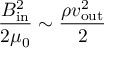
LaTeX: { \frac { B _ { \mathrm { i n } } ^ { 2 } } { 2 \mu _ { 0 } } } \sim { \frac { \rho v _ { \mathrm { o u t } } ^ { 2 } } { 2 } }